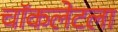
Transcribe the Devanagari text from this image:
चॉकलेटला